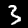
Label: 3